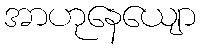
အာဟုနေယျော